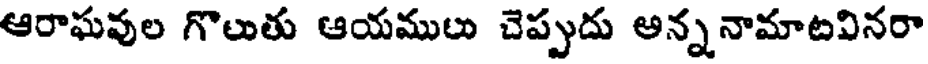
ఆరాఘవుల గొలుతు ఆయములు చెప్పుదు అన్ననామాటవినరా